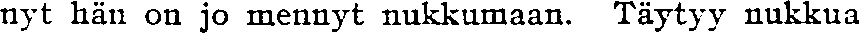
nyt hän on jo mennyt nukkumaan. Täytyy nukkua